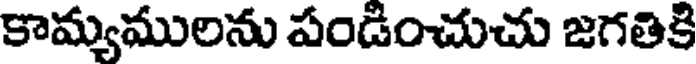
కామ్యములను పండించుచు జగతికి